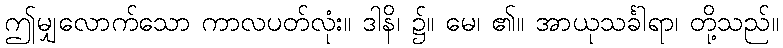
ဤမျှလောက်သော ကာလပတ်လုံး။ ဒါနိ၊ ၌။ မေ၊ ၏။ အာယုသင်္ခါရာ၊ တို့သည်။